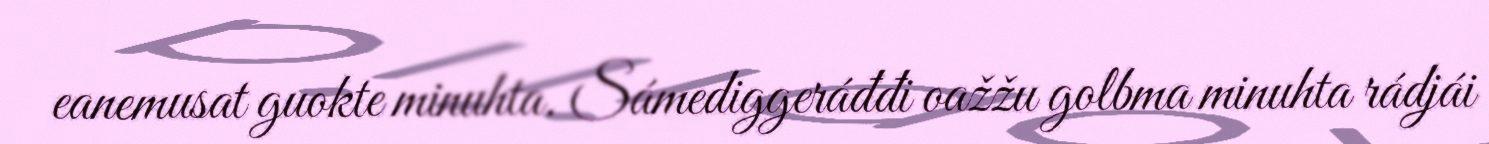
eanemusat guokte minuhta. Sámediggeráđđi oažžu golbma minuhta rádjái